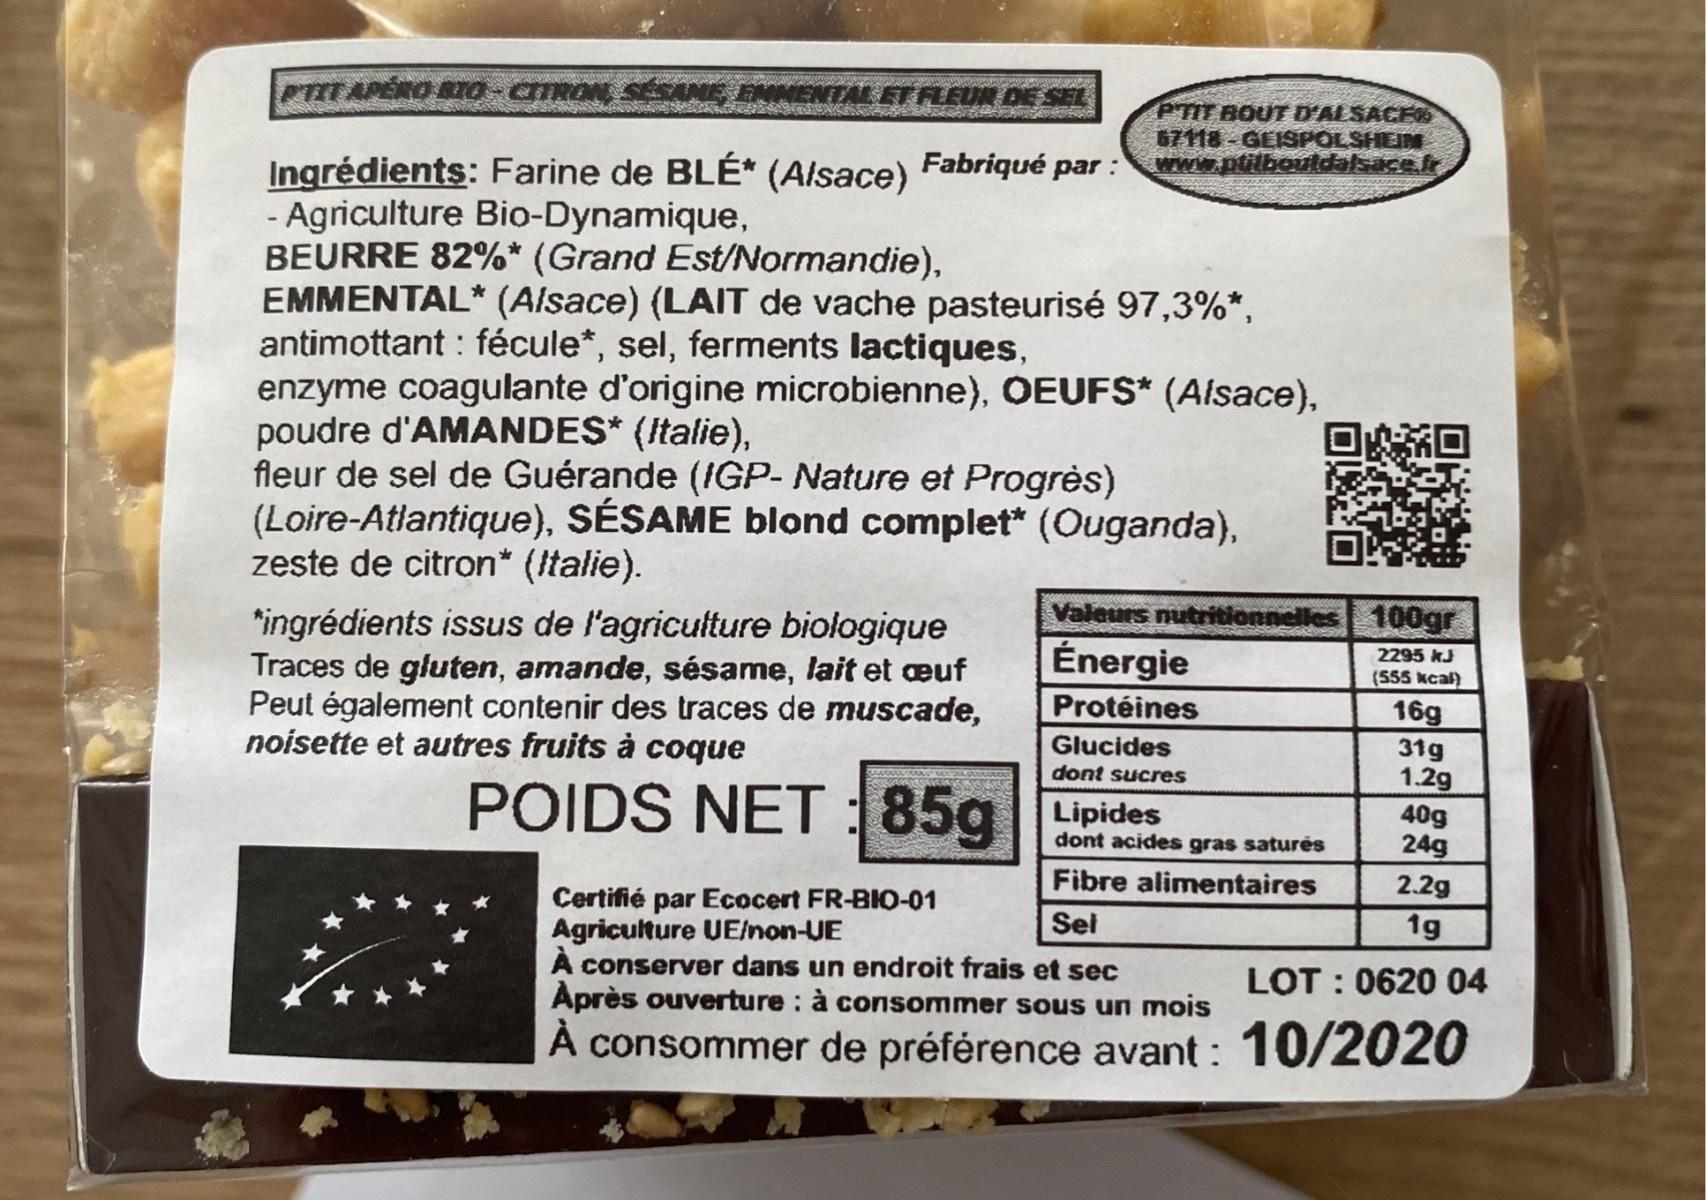
HT APÉRO RIO-CRON
EUR DE SEL
PTIL BOUT D'ALSACE 67118 - GEISPOLSHEIM www.ptilboutdalsace.fr
Fabriqué par :
Ingrédients: Farine de BLÉ* - Agriculture Bio-Dynamique, BEURRE 82%* (Grand Est/Normandie), EMMENTAL* (Alsace) (LAIT de vache pasteurisé 97,3%*, antimottant : fécule*, sel, ferments lactiques, enzyme coagulante d'origine microbienne), OEUFS* (Alsace), poudre d'AMANDES* (Italie), fleur de sel de Guérande (IGP- Nature et Progrès) (Loire-Atlantique), SÉSAME blond complet* (Ouganda), zeste de citron* (Italie).
(Alsace)
Valeurs nutritionnelles 100gr
*ingrédients issus de l'agriculture biologique Traces de gluten, amande, sésame, lait et æuf Peut également contenir des traces de muscade, noisette et autres fruits à coque
Énergie
2295 kJ
(555 kcal)
Protéines
16g
Glucides
31g 1.2g 40g 24g
dont sucres
POIDS NET: 85g|Lipides
dont acides gras saturės
Fibre alimentaires
2.2g
Certifié par Ecocert FR-BIO-01 Agriculture UE/non-UE A conserver dans un endroit frais et sec Après ouverture : à consommer sous un mois
Sei
1g
LOT : 0620 04
A consommer de préférence avant : 10/2020